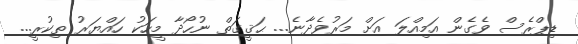
ޑިޕްރެސް ވެގެން އަމިއްލަ އަށް މަރުވެދާނެ... ޙަޤީގަތް ނުހޯދާ މީހަކު ހައްޔަރު ތިކުރީ...